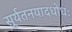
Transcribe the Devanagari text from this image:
सूर्यतनयादधोधः